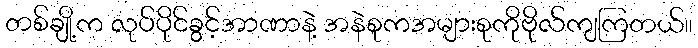
တစ်ချို့က လုပ်ပိုင်ခွင့်အာဏာနဲ့ အနဲစုကအများစုကိုဗိုလ်ကျကြတယ်။